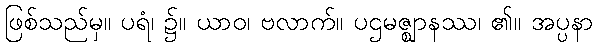
ဖြစ်သည်မှ။ ပရံ၊ ၌။ ယာဝ၊ ဗလာက်။ ပဌမဇ္ဈာနဿ၊ ၏။ အပ္ပနာ